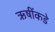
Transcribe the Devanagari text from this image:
ऋषींकडे